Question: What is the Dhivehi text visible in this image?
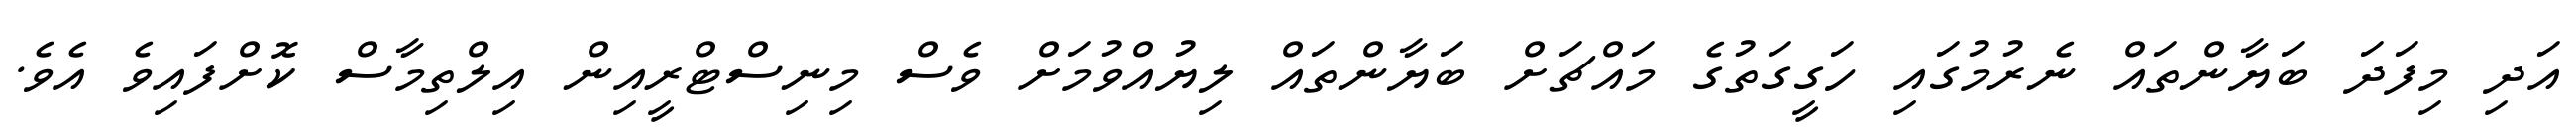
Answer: އަދި މިފަދަ ބަޔާންތައް ނެރުމުގައި ހަގީގަތުގެ މައްޗަށް ބަޔާންތައް ލިޔުއްވުމަށް ވެސް މިނިސްޓްރީއިން އިލްތިމާސް ކޮށްފައިވެ އެވެ.